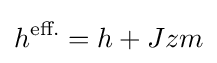
h^{\text{eff.}}=h+Jzm